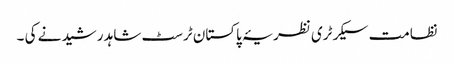
نظامت سیکرٹری نظریۂ پاکستان ٹرسٹ شاہد رشید نے کی ۔